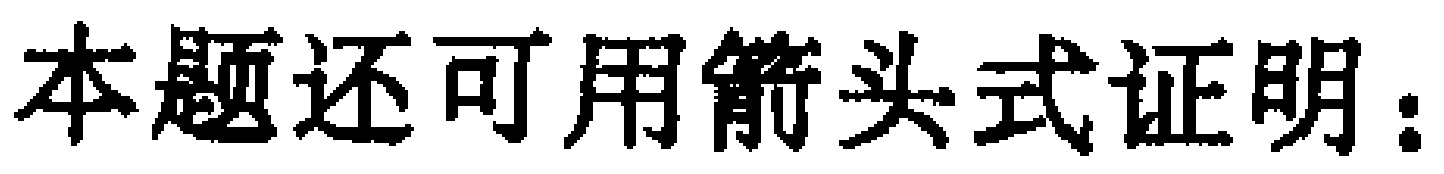
本题还可用箭头式证明：